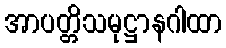
အာပတ္တိသမုဋ္ဌာနဂါထာ